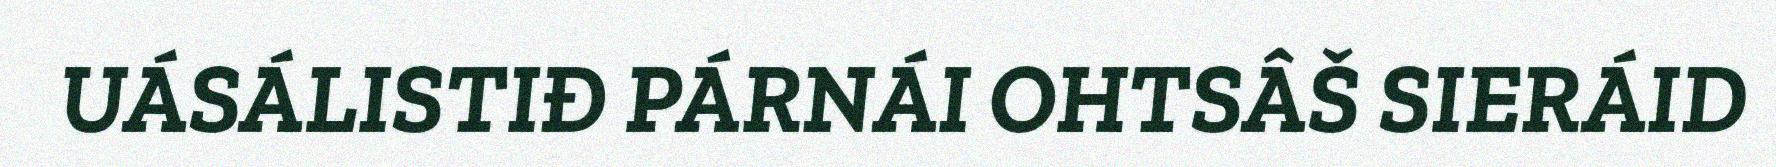
UÁSÁLISTIĐ PÁRNÁI OHTSÂŠ SIERÁID